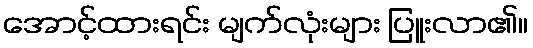
အောင့်ထားရင်း မျက်လုံးများ ပြူးလာ၏။